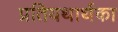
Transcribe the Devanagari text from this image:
प्रतियथार्थका